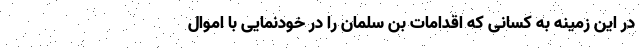
در این زمینه به کسانی که اقدامات بن سلمان را در خودنمایی با اموال